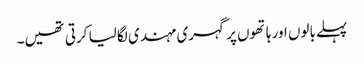
پہلے بالوں اور ہاتھوں پر گہری مہندی لگا لیا کرتی تھیں۔